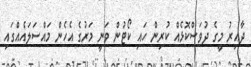
ދާއިރު މީގެ ދުވަސްކޮޅެއް ކުރިން ހައި ކޯޓުން ވަނީ މަރުގެ އެހެން މައްސަލައެއްގައި